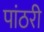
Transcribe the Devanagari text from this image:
पांठरी